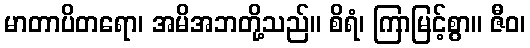
မာတာပိတရော၊ အမိအဘတို့သည်။ စိရံ၊ ကြာမြင့်စွာ။ ဇီဝ၊